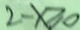
2 - x \geq 0